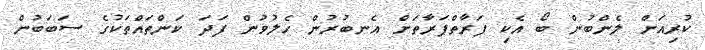
ކުރިއަށް ލެންބުން ބޯ އެކި ފަރާތްފަރާތަށް އެނބުރުން ހެލުވުން ފަދަ ކަންތައްތަކުގެ ސަބަބުން